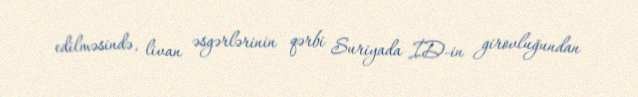
edilməsində, livan əsgərlərinin qərbi Suriyada İD-in girovluğundan